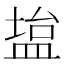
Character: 𫞱